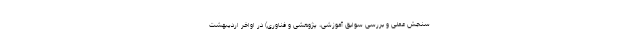
سنجش عملی و بررسی سوابق آموزشی، پژوهشی و فناوری) در اواخر اردیبهشت